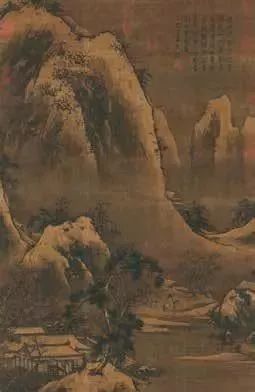
正是天山雪下时，送君走马归京师。